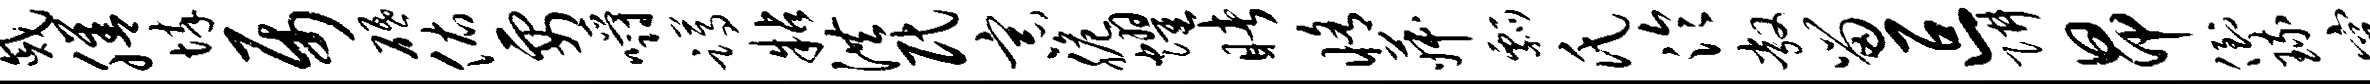
戚膳悴属砥佑要嚼蹲粘洪民宗脆耀睹修菽瓢氏泠敞留叵阱昂倒琉穿